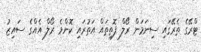
ޓްރޭގެ ތެރޭގައި ސިނަމަން ރޯލް ފޮތިތައް އަތުރައި ކޮންމެ ރޯލް އެއްގެ ސައިޒު